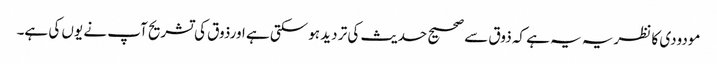
مودودی کا نظریہ یہ ہے کہ ذوق سے صحیح حدیث کی تر دید ہوسکتی ہے اورذوق کی تشریح آپ نے یوں کی ہے۔